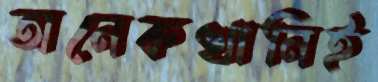
অনেকখানিই